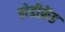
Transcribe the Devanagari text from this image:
लेडीफ्रेंड